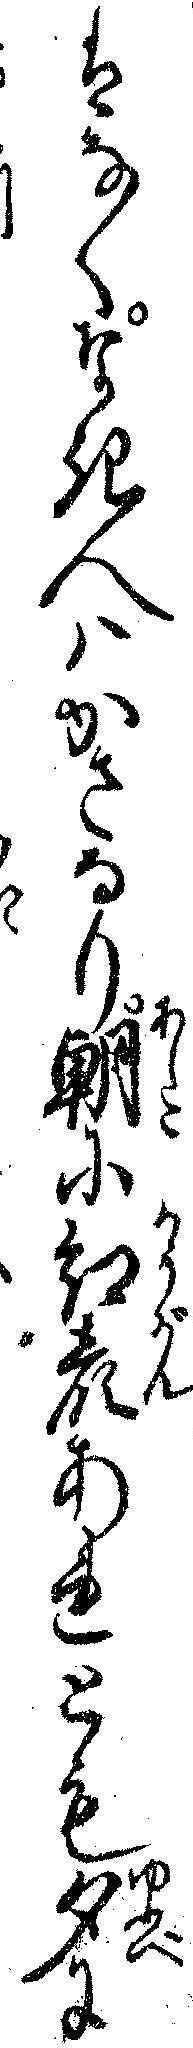
はなくなき人ハかさなり朝に紅顔あれとも夕に